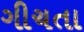
ગીચતા